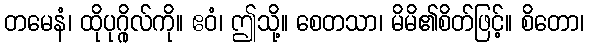
တမေနံ၊ ထိုပုဂ္ဂိုလ်ကို။ ဧဝံ၊ ဤသို့။ စေတသာ၊ မိမိ၏စိတ်ဖြင့်။ စိတော၊